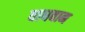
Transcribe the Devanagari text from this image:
वाधवान